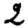
Digit: 2